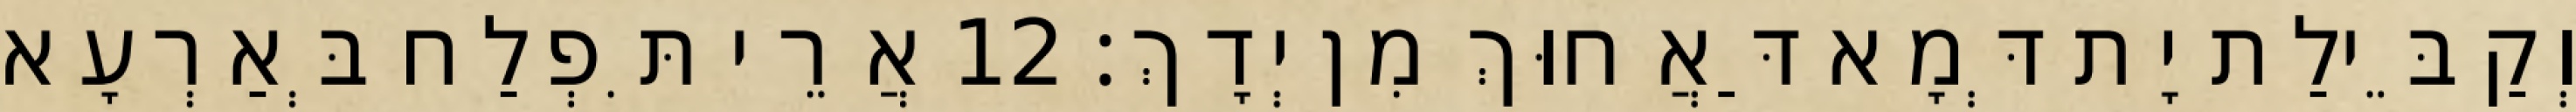
וְקַבֵּילַת יָת דְּמָא דַּאֲחוּךְ מִן יְדָךְ׃ 12 אֲרֵי תִּפְלַח בְּאַרְעָא